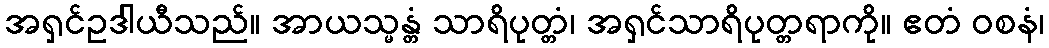
အရှင်ဥဒါယီသည်။ အာယသ္မန္တံ သာရိပုတ္တံ၊ အရှင်သာရိပုတ္တရာကို။ ဧတံ ဝစနံ၊